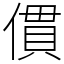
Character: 𠍿